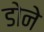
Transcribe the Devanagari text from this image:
डोने